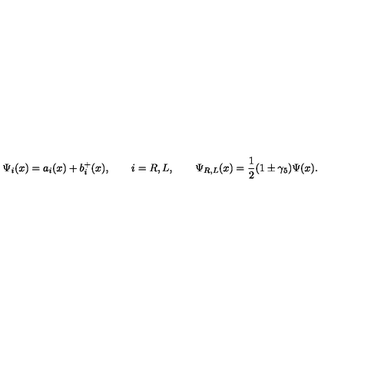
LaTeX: \Psi _ { i } ( x ) = a _ { i } ( x ) + b _ { i } ^ { + } ( x ) , \qquad i = R , L , \qquad \Psi _ { R , L } ( x ) = \frac 1 2 ( 1 \pm \gamma _ { 5 } ) \Psi ( x ) .